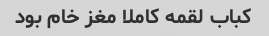
کباب لقمه کاملا مغز خام بود